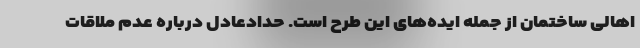
اهالی ساختمان از جمله ایده‌های این طرح است. حدادعادل درباره عدم ملاقات